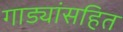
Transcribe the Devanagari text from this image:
गाड्यांसहित